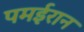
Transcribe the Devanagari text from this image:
पमईरान